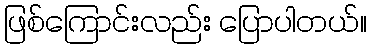
ဖြစ်ကြောင်းလည်း ပြောပါတယ်။